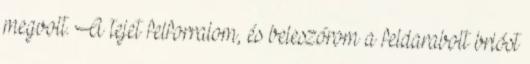
megvolt. A tejet felforralom, és beleszórom a feldarabolt brióst